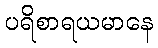
ပရိစာရယမာနေ